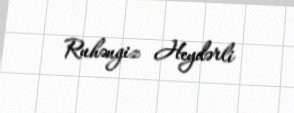
Ruhəngiz Heydərli